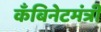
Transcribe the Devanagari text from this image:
कँबिनेटमंत्री